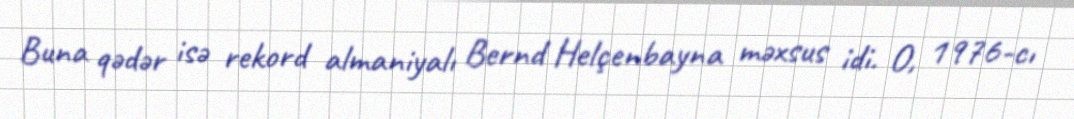
Buna qədər isə rekord almaniyalı Bernd Helçenbayna məxsus idi. O, 1976-cı